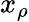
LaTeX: x_{\rho}